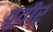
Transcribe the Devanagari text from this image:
पूवीर्